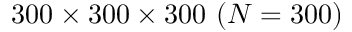
3 0 0 \times 3 0 0 \times 3 0 0 ~ ( N = 3 0 0 )